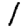
Digit: 1